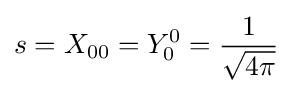
s=X_{00}=Y_{0}^{0}={\frac {1}{\sqrt {4\pi }}}